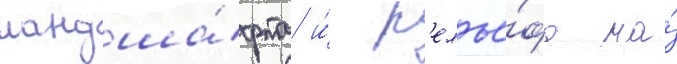
ландша́фта и́ р'елье́фа на́